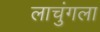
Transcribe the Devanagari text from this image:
लाचुंगला